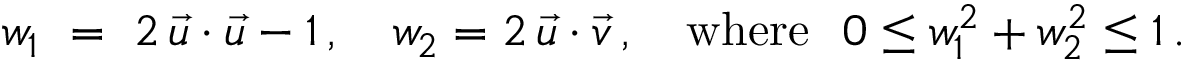
w _ { 1 } ~ = ~ 2 \, \vec { u } \cdot \vec { u } - 1 \, , \quad w _ { 2 } = 2 \, \vec { u } \cdot \vec { v } \, , \quad \mathrm { w h e r e \ } \ 0 \le w _ { 1 } ^ { 2 } + w _ { 2 } ^ { 2 } \le 1 \, .